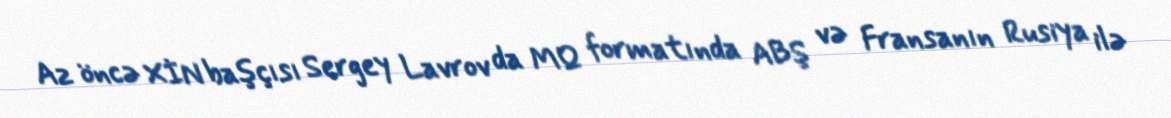
Az öncə XİN başçısı Sergey Lavrov da MQ formatında ABŞ və Fransanın Rusiya ilə